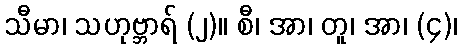
သီမာ၊ သဟုဗ္ဘာရ် (၂)။ စီ၊ အာ၊ တူ၊ အာ၊ (၄)၊